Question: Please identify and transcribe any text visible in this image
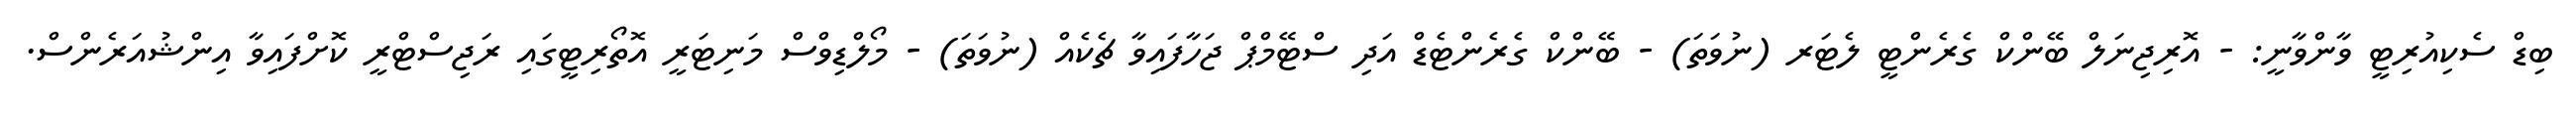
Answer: ބިޑް ސެކިއުރިޓީ ވާންވާނީ: - އޮރިޖިނަލް ބޭންކް ގެރެންޓީ ލެޓަރ (ނުވަތަ) - ބޭންކް ގެރެންޓެޑް އަދި ސްޓޭމްޕް ޖަހާފައިވާ ޗެކެއް (ނުވަތަ) - މޯލްޑިވްސް މަނިޓަރީ އޮތޯރިޓީގައި ރަޖިސްޓްރީ ކޮށްފައިވާ އިންޝުއަރެންސް.